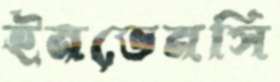
ইনভেনসি